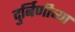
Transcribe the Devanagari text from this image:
दुर्बिणीच्‍या